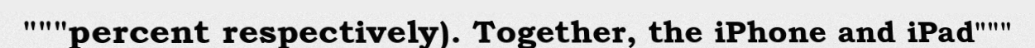
"""percent respectively). Together, the iPhone and iPad"""